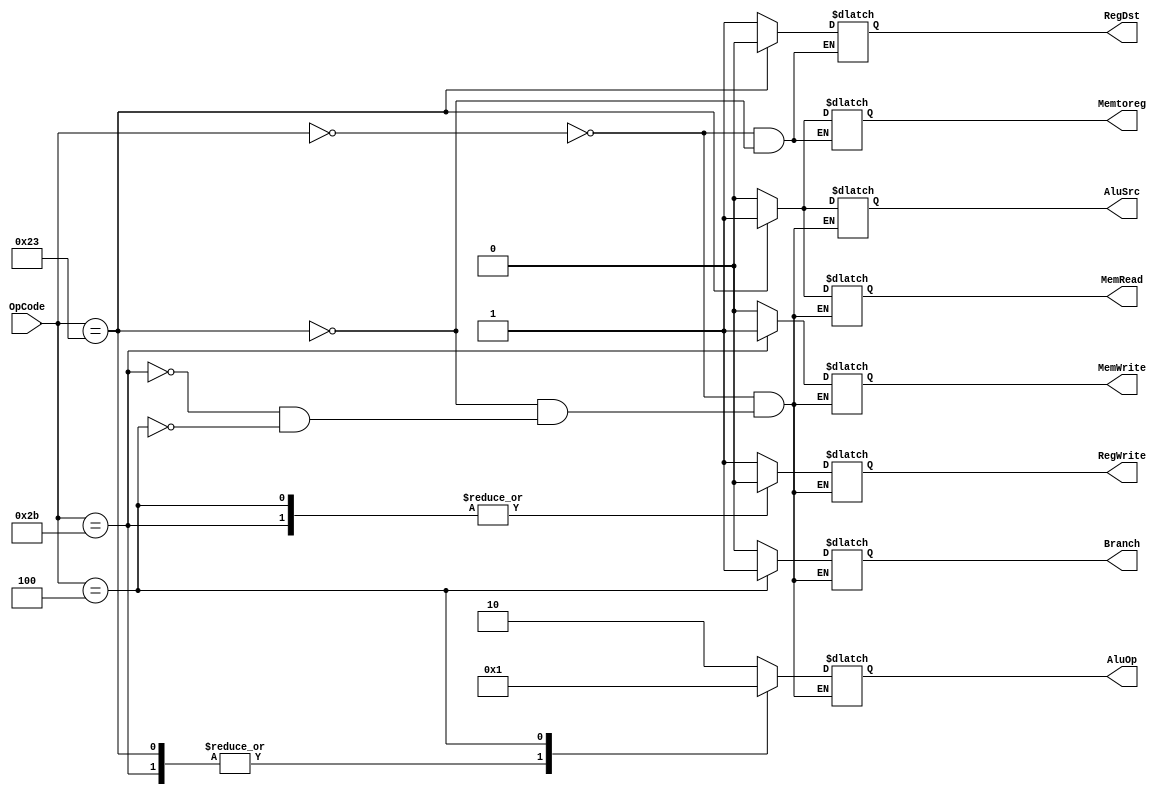
module ControlUnit ( OpCode , RegDst ,AluSrc , Branch , MemRead , MemWrite , RegWrite , Memtoreg ,AluOp  );
input [5:0] OpCode ; // comes from instruction last 6 instructions [31:26]
output reg RegDst , AluSrc , Branch , MemRead , MemWrite , RegWrite , Memtoreg ; 
output reg [1:0] AluOp ; 

always @(OpCode) 
begin 
	case (OpCode)
		6'b000000: //r-format
			begin
			RegDst = 1;
			AluSrc = 0;
			Branch = 0;
			MemRead = 0;
			MemWrite = 0;
			RegWrite = 1;
			Memtoreg = 0;
			AluOp = 2'b10;
			end
		6'b100011: //lw instruction
			begin
			RegDst = 0;
			AluSrc = 1;
			Branch = 0;
			MemRead = 1;
			MemWrite = 0;
			RegWrite = 1;
			Memtoreg = 1;
			AluOp = 2'b00;
			end
		6'b101011: // sw instruction
			begin
			//RegDst = 1; dn't care 
			AluSrc = 0;
			Branch = 0;
			MemRead = 0;
			MemWrite = 1;
			RegWrite = 0;
			//Memtoreg = 0; dn't care 
			AluOp = 2'b00;
			end
		6'b000100: //branch instruction
			begin
			//RegDst = 1; dn't care 
			AluSrc = 0;
			Branch = 1;
			MemRead = 0;
			MemWrite = 0;
			RegWrite = 0;
			//Memtoreg = 0; dn't care
			AluOp = 2'b01;
			end
	endcase
end 
endmodule 
module AluControl(FunctionCode , AluOp , OperationCode);
input[5:0] FunctionCode ; // comes from instruction first 6 instructions [5:0]
input [1:0] AluOp ; // coming from control unit 
output reg [3:0] OperationCode ; // input to alu 

always @ (FunctionCode or AluOp) 
begin 
	if ( AluOp == 2'b00) // we don't care abt the function code 
		OperationCode = 4'b0010; // this means lw or store //ben7tag ne3ml add fel alu 
	else if (AluOp == 2'b01)
		OperationCode = 4'b0110; // means branch // ben3ml substract 
	else if ( AluOp == 2'b10 && FunctionCode == 6'b100000)
		OperationCode = 4'b0010; // add 
	else if ( AluOp == 2'b10 && FunctionCode == 6'b100010)
		OperationCode = 4'b0110; //substract
	else if ( AluOp == 2'b10 && FunctionCode == 6'b100100)
		OperationCode = 4'b0000; //and operation
	else if ( AluOp == 2'b10 && FunctionCode == 6'b100101)
		OperationCode = 4'b0001; //or operation 
	else if ( AluOp == 2'b10 && FunctionCode == 6'b101010)
		OperationCode = 4'b0111; //set on less than 
end
endmodule